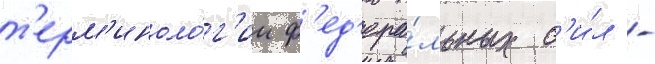
т'ерм'иноло́г'ии ф'ед'ера́льных с'и́л -